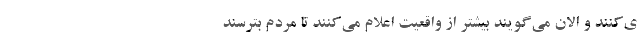
ی‌کنند و الان می‌گویند بیشتر از واقعیت اعلام می‌کنند تا مردم بترسند